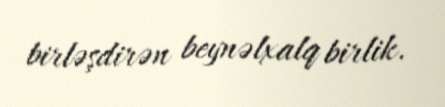
birləşdirən beynəlxalq birlik.